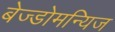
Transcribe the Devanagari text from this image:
बेज्डोमन्यिज